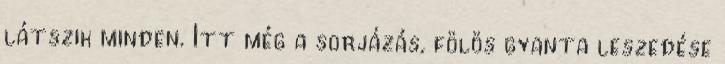
látszik minden. Itt még a sorjázás, fölös gyanta leszedése